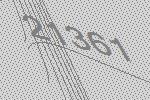
21361